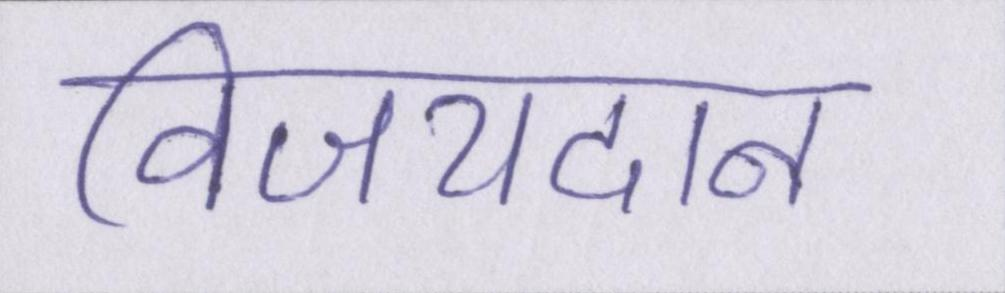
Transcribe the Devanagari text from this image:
विजयदान